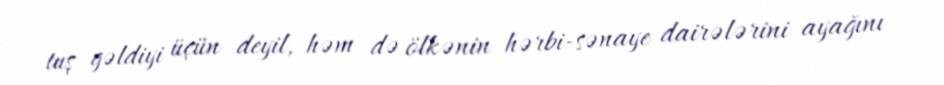
tuş gəldiyi üçün deyil, həm də ölkənin hərbi-sənaye dairələrini ayağını